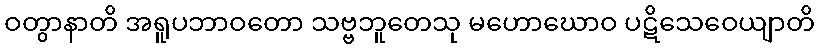
ဝတွာနာတိ အရူပဘာဝတော သဗ္ဗဘူတေသု မဟောဃောဝ ပဋိသေဝေယျာတိ